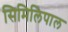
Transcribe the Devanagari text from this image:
सिमिलिपाल